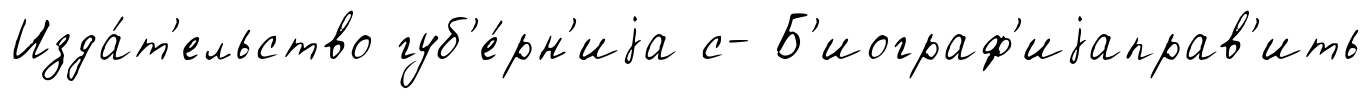
Изда́т'ельство губ'е́рн'иjа с- Б'иограф'иjаправ'ить